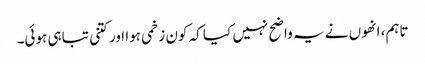
تاہم، انھوں نے یہ واضح نہیں کیا کہ کون زخمی ہوا اور کتنی تباہی ہوئی۔